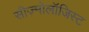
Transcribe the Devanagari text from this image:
सीज़्मोलॉजिस्ट